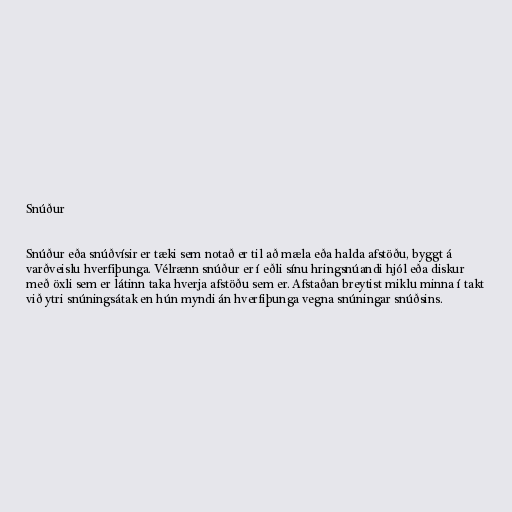
Snúður

Snúður eða snúðvísir er tæki sem notað er til að mæla eða halda afstöðu, byggt á
varðveislu hverfiþunga. Vélrænn snúður er í eðli sínu hringsnúandi hjól eða diskur
með öxli sem er látinn taka hverja afstöðu sem er. Afstaðan breytist miklu minna í takt
við ytri snúningsátak en hún myndi án hverfiþunga vegna snúningar snúðsins.